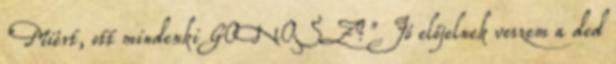
"Miért, ott mindenki GONOSZ?" Jó előjelnek veszem a ded